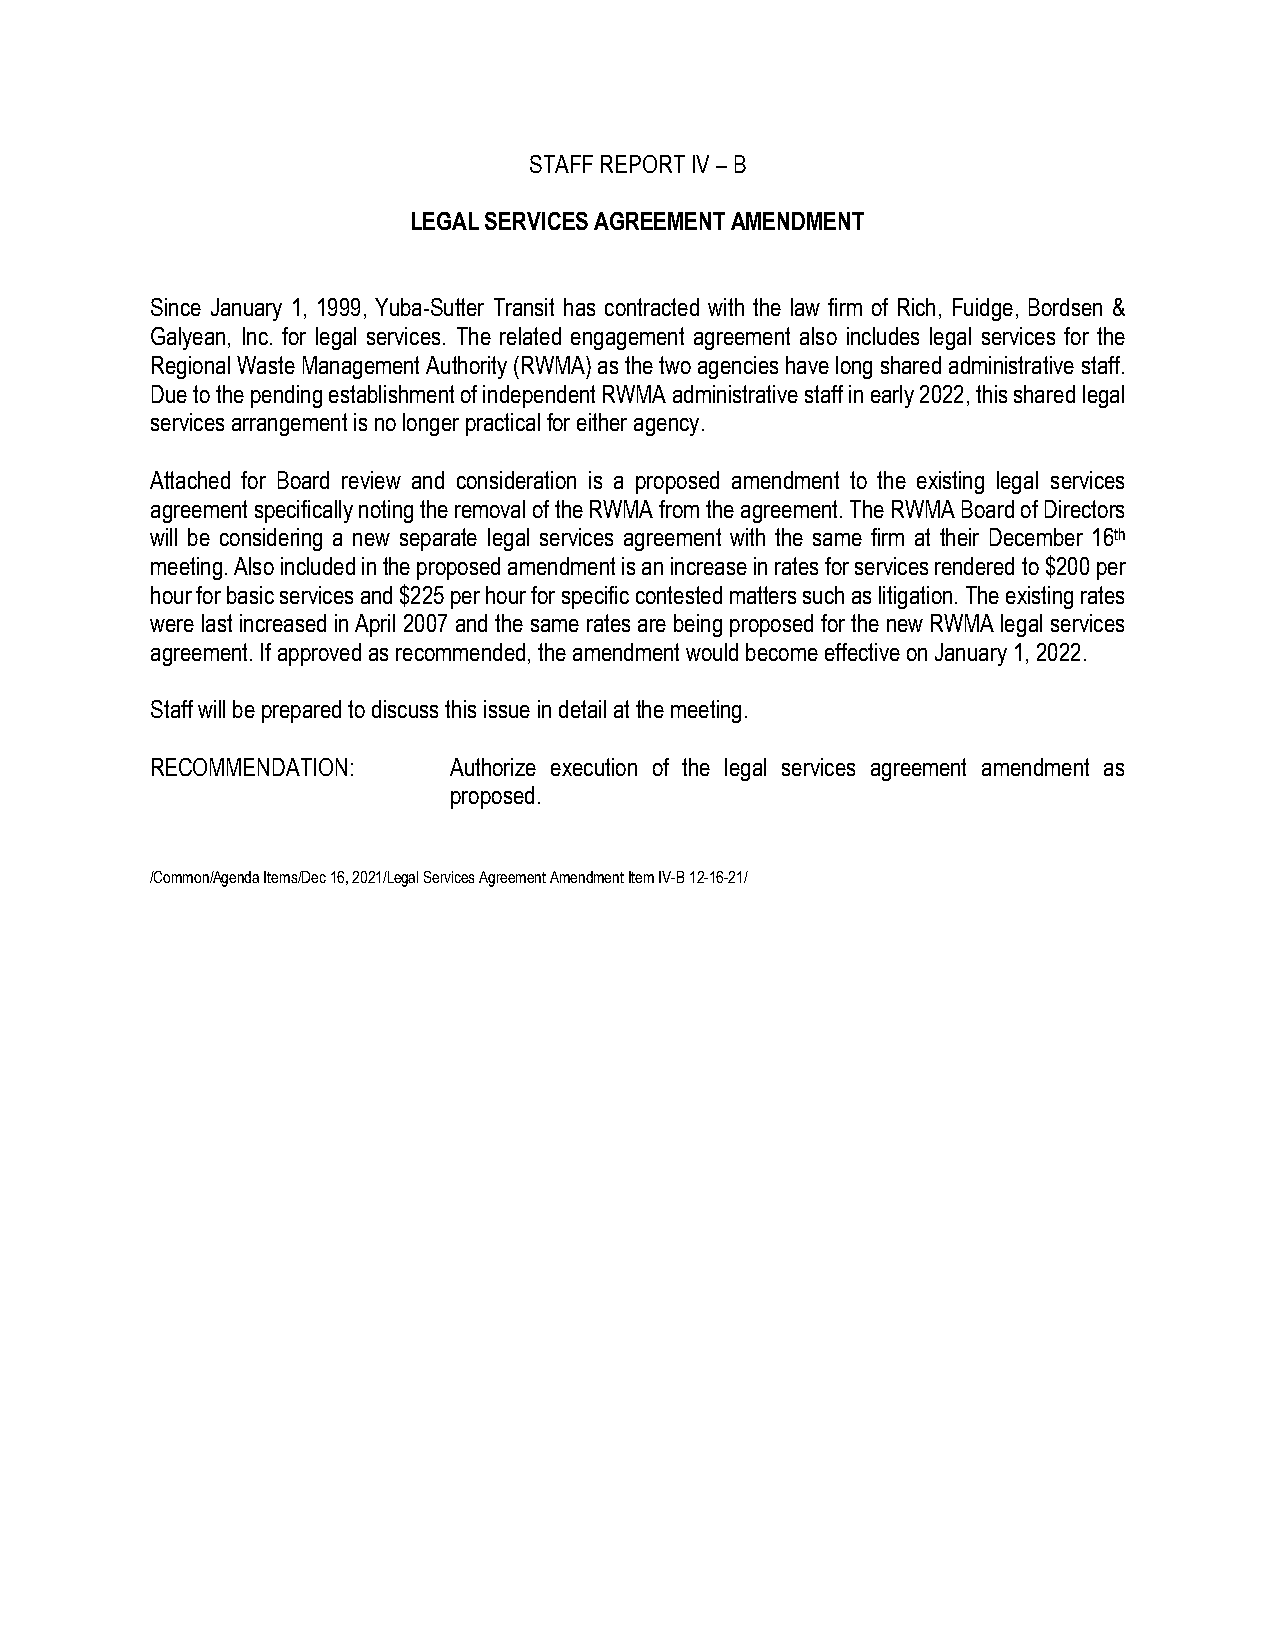
STAFF REPORT IV – B
 LEGAL SERVICES AGREEMENT AMENDMENT
 Since January 1, 1999, Yuba-Sutter Transit has contracted with the law firm of Rich, Fuidge, Bordsen &
 Galyean, Inc. for legal services. The related engagement agreement also includes legal services for the
 Regional Waste Management Authority (RWMA) as the two agencies have long shared administrative staff.
 Due to the pending establishment of independent RWMA administrative staff in early 2022, this shared legal
 services arrangement is no longer practical for either agency.
 Attached for Board review and consideration is a proposed amendment to the existing legal services
 agreement specifically noting the removal of the RWMA from the agreement. The RWMA Board of Directors
 will be considering a new separate legal services agreement with the same firm at their December 16th
 meeting. Also included in the proposed amendment is an increase in rates for services rendered to $200 per
 hour for basic services and $225 per hour for specific contested matters such as litigation. The existing rates
 were last increased in April 2007 and the same rates are being proposed for the new RWMA legal services
 agreement. If approved as recommended, the amendment would become effective on January 1, 2022.
 Staff will be prepared to discuss this issue in detail at the meeting.
 RECOMMENDATION:     Authorize execution of the legal services agreement amendment as
 proposed.
 /Common/Agenda Items/Dec 16, 2021/Legal Services Agreement Amendment Item IV-B 12-16-21/